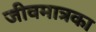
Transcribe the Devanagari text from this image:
जीवमात्रका